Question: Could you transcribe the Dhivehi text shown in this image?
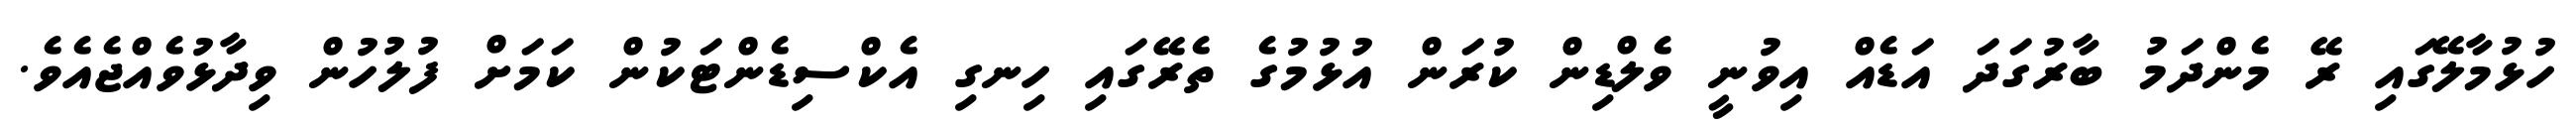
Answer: ހުޅުމާލޭގައި ރޭ މެންދަމު ބާރުގަދަ އަޑެއް އިވުނީ ވެލްޑިން ކުރަން އުޅުމުގެ ތެރޭގައި ހިނގި އެކްސިޑެންޓަކުން ކަމަށް ފުލުހުން ވިދާޅުވެއްޖެއެވެ.